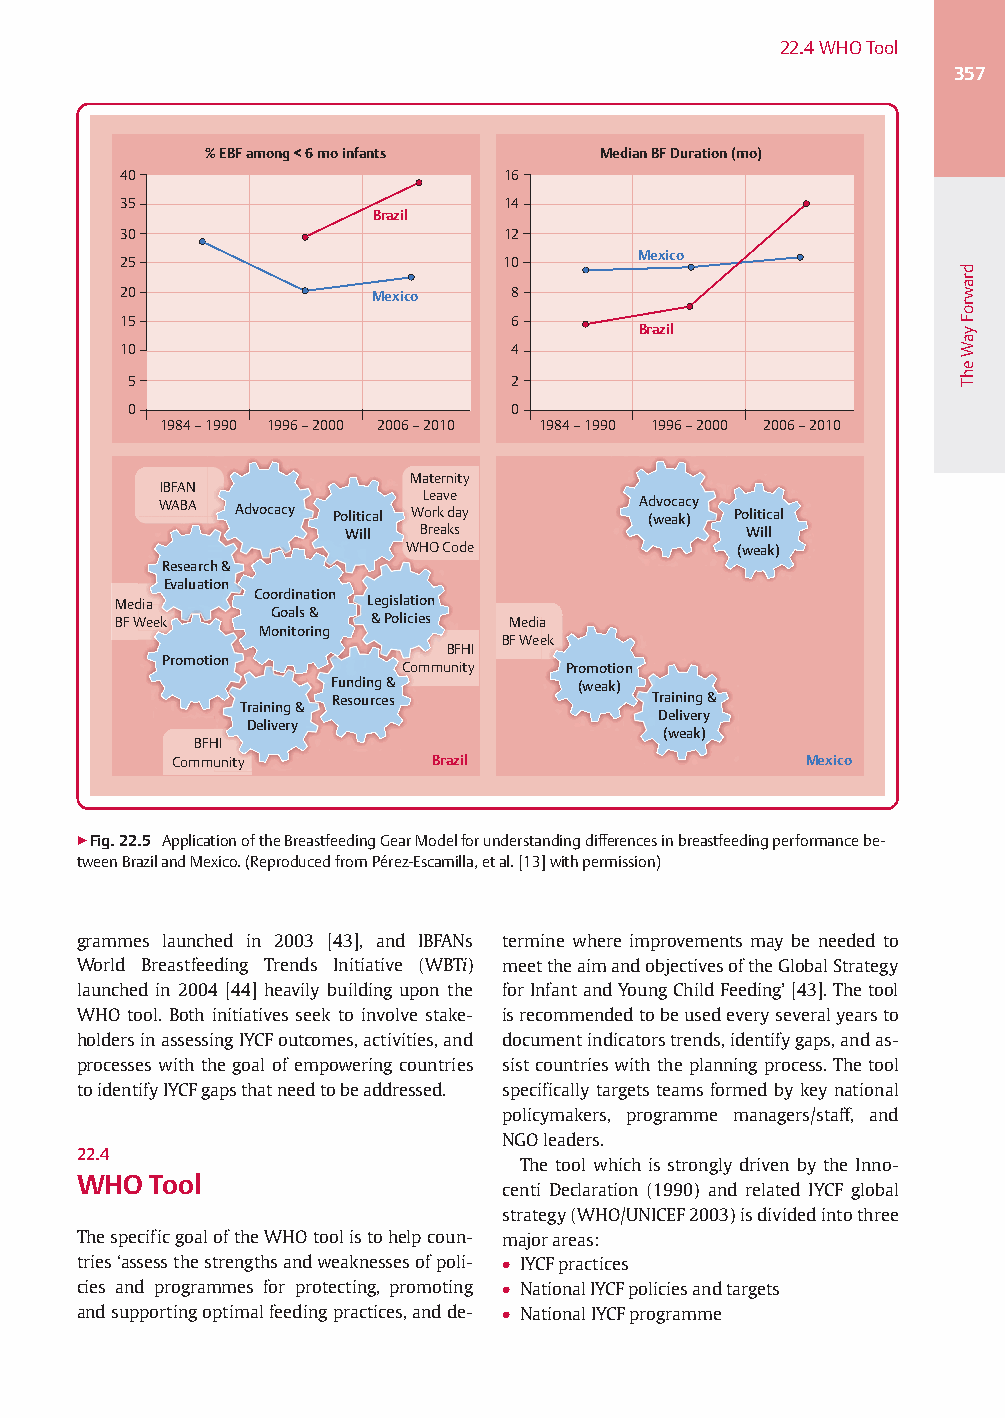
22.4WHOTool
 357
 % EBF among < 6 mo infants Median BF Duration (mo)
 40                        16
 35                        14
 Brazil
 30                        12
 Mexico
 25                        10
 20               Mexico   8
 15                        6
 Brazil
 10                        4
 5                        2
 0                        0
 1984 – 1990 1996 – 2000 2006 – 2010 1984 – 1990 1996 – 2000 2006 – 2010
 Maternity
 IBFAN
 WABA Advocacy Political WL oe ra kv de ay A (d wvo eaca kc )y Political
 Will Breaks                Will
 WHO Code              (weak)
 Research &
 Evaluation
 Media    Coordination Legislation
 BF Week   Goals & & Policies Media
 Monitoring
 BF Week
 BFHI
 Promotion
 Community  Promotion
 Funding &        (weak)
 Resources             Training &
 Training &
 Delivery
 Delivery
 (weak)
 BFHI
 Community        Brazil                   Mexico
 ▶Fig.22.5 ApplicationoftheBreastfeedingGearModelforunderstandingdifferencesinbreastfeedingperformancebe-
 tweenBrazilandMexico.(ReproducedfromPérez-Escamilla,etal.[13]withpermission)
 grammes launched in 2003 [43], and IBFANs termine where improvements may be needed to
 World Breastfeeding Trends Initiative (WBTi) meettheaimandobjectivesoftheGlobalStrategy
 launched in 2004 [44] heavily building upon the forInfantandYoungChildFeeding’[43].Thetool
 WHO tool. Both initiatives seek to involve stake- isrecommendedtobeusedeveryseveralyearsto
 holdersinassessingIYCFoutcomes,activities,and documentindicatorstrends,identifygaps,andas-
 processes with the goal ofempowering countries sistcountrieswiththe planning process.Thetool
 toidentifyIYCFgapsthatneedtobeaddressed. specifically targets teams formed by key national
 policymakers, programme managers/staff, and
 NGOleaders.
 22.4
 The tool which is strongly driven by the Inno-
 WHO Tool
 centi Declaration (1990) and related IYCF global
 strategy(WHO/UNICEF2003)isdividedintothree
 ThespecificgoaloftheWHOtoolistohelpcoun- majorareas:
 tries‘assessthestrengthsandweaknessesofpoli- ● IYCFpractices
 cies and programmes for protecting, promoting ● NationalIYCFpoliciesandtargets
 andsupportingoptimalfeedingpractices,andde- ● NationalIYCFprogramme
 drawroFyaWehT